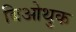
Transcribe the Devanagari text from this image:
बिओथुक